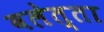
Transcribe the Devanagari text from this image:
वलेत्ता